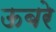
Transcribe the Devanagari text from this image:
ऊबरे